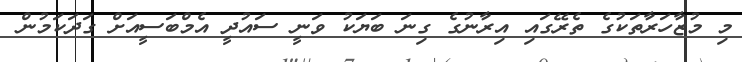
މި މުޒާހަރާތަކުގެ ތެރޭގައި އިރާނުގެ ގިނަ ބަޔަކު ވަނީ ސައުދީ އެމްބަސީއަށް ގަދަކަމުން